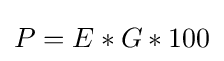
P=E*G*100